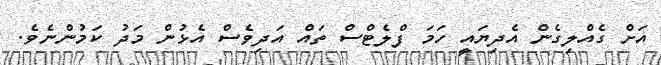
އަށް ގެއްލިގެން އެދިޔައީ ހަމަ ފްލެޓްސް ތައް އަދިވެސް އެޅުން މަދު ކަމުންނެވެ.